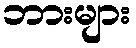
ဘားများ